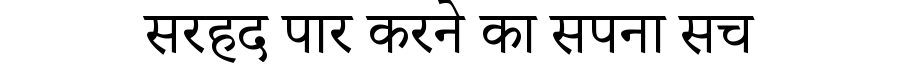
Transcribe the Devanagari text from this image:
सरहद पार करने का सपना सच